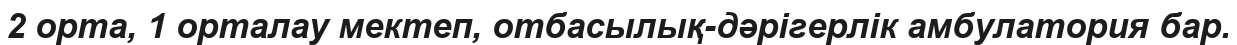
2 орта, 1 орталау мектеп, отбасылық-дәрігерлік амбулатория бар.